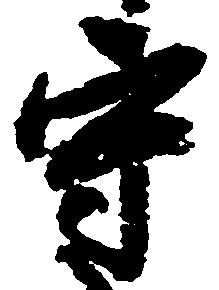
守